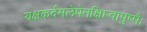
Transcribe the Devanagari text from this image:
यक्षकर्दमलेपेनक्षिप्त्वापुष्पैः